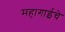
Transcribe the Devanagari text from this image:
महागाईचे